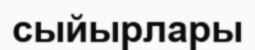
сыйырлары